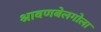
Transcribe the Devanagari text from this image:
श्रावणबेलगोला